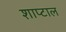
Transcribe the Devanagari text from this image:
शाप्टाल